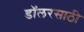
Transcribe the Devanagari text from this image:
डॉलरसाठी